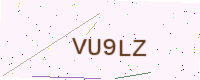
Text: VU9LZ